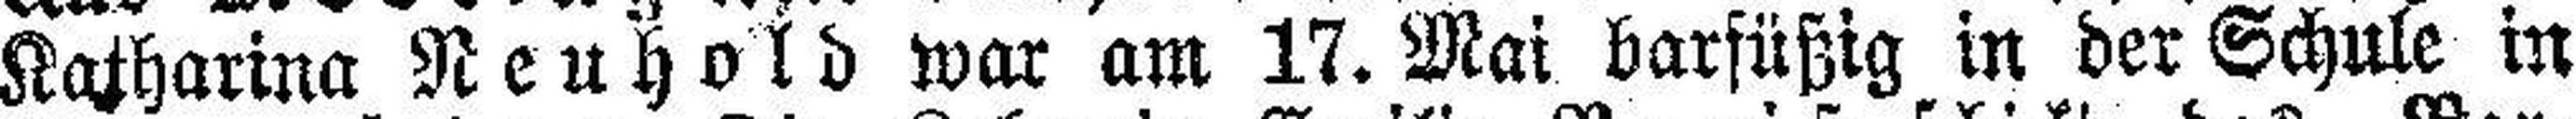
Katharina NeuhoId war am 17. Mai barfüßig in der Schule in